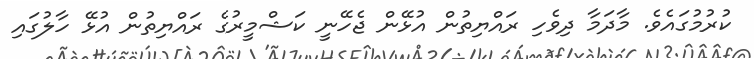
ކުރުމުގައެވެ. މާދަމާ ދިވެހި ރައްޔިތުން އުޅޭން ޖެހޭނީ ކަޝްމީރުގެ ރައްޔިތުން އުޅޭ ހާލުގައި